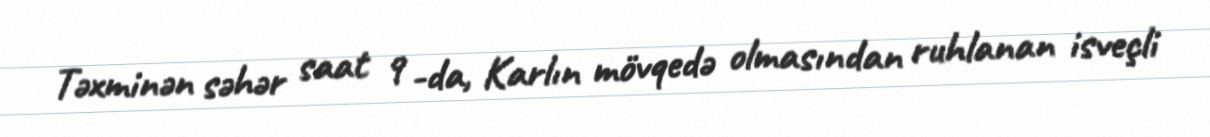
Təxminən səhər saat 9 -da, Karlın mövqedə olmasından ruhlanan isveçli